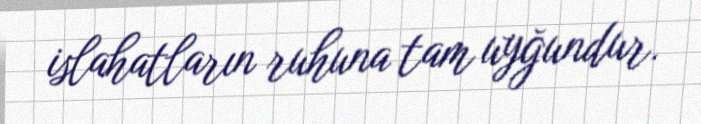
islahatların ruhuna tam uyğundur.